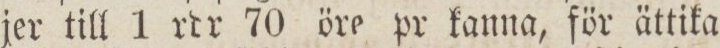
jer till 1 rdr 70 öre pr kanna, för ättika